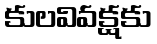
కులవివక్షకు